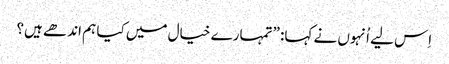
‏ اِس لیے اُنہوں نے کہا:‏ ”‏تمہارے خیال میں کیا ہم اندھے ہیں؟